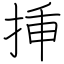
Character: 挿